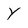
Character: Y